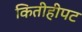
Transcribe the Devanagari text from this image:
कितीहीपट